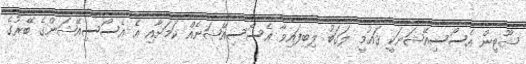
ޝޫޓިން އެސޯސިއޭޝަނަކީ ޤައުމީ ލަގަބު ލިބިފައިވާ އެސޯސިއޭޝަނެއް ކަމަށާއި އެ އެސޯސިއޭޝަންގެ ބޭރުގެ